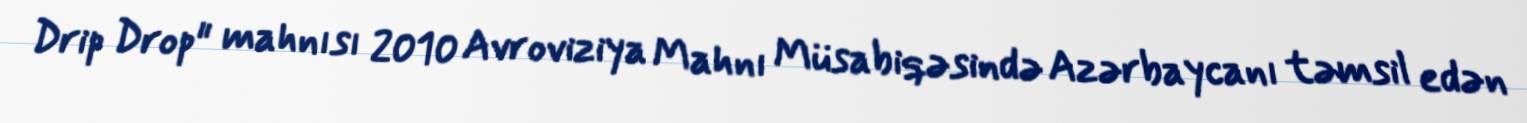
Drip Drop" mahnısı 2010 Avroviziya Mahnı Müsabiqəsində Azərbaycanı təmsil edən